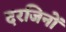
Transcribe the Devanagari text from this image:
दरजिनों